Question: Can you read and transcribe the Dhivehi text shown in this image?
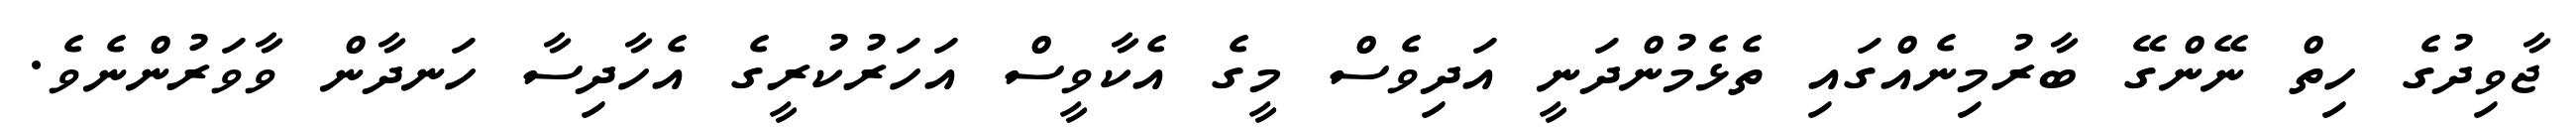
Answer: ޖާވިދުގެ ހިތް ނޭންގޭ ބާރުމިނެއްގައި ތެޅެމުންދަނީ އަދިވެސް މީގެ އެކާވީސް އަހަރުކުރީގެ އެހާދިސާ ހަނދާން ވާވަރުންނެވެ.